Reports on dispensaries and lunatic asylums in the Province of Oudh - 1869-1876
Year: 1869
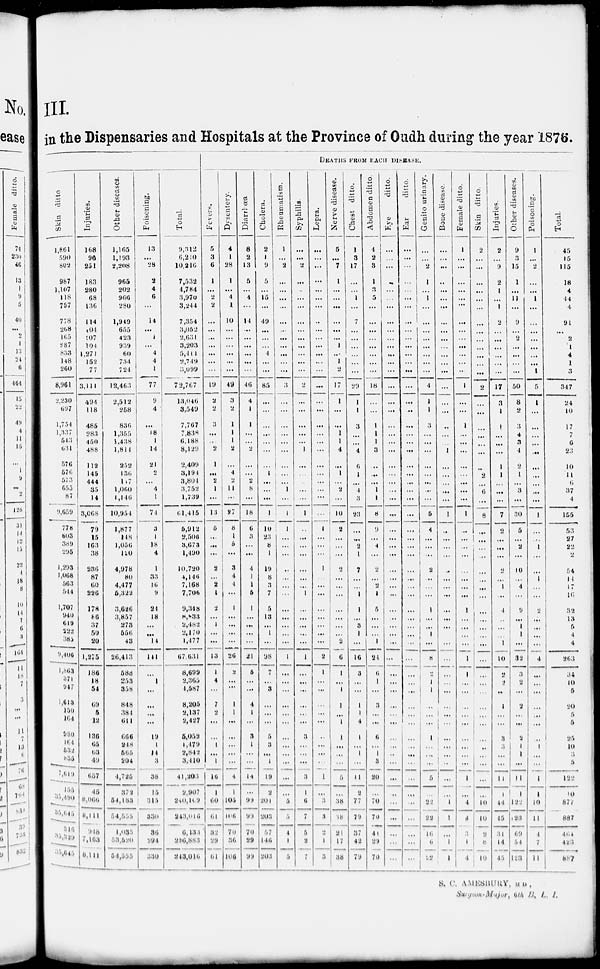
III.
in the Dispensaries and Hospitals at the Province of Oudh during the year 1876.
DEATHS FROM EACH DISEASE.
Skin ditto
1,861
590
802
987
1,107
118
757
778
268
165
287
833
148
260
8,961
2,230
697
1,754
1,337
543
631
576
576
573
655
87
9,659
778
603
389
295
1,293
1,068
563
544
1,707
940
619
222
385
9,406
1,863
371
947
1,613
150
164
980
164
532
835
7,619
155
35,490
35,645
316
35,329
35,645
Injuries.
168
96
251
183
280
68
136
114
104
107
104
1,271
152
77
3,111
494
118
485
283
450
488
112
145
444
35
14
3,068
70
15
163
38
236
87
60
226
178
86
37
50
20
1,275
186
18
54
69
5
12
136
65
63
49
657
45
8,066
8,111
948
7,163
8,111
Other
diseases.
1,165
1,193
2,208
965
202
966
280
1,949
655
423
939
60
734
724
12,463
2,512
258
836
1,355
1,438
1,814
252
136
117
1,060
1,146
10,954
1,877
148
1,056
120
4,978
80
4,477
5,322
3,626
3,857
273
556
43
26,413
588
253
358
848
384
611
666
248
565
204
4,725
372
54,183
54,555
1,035
53,520
54,555
Poisoning.
13
...
28
2
4
6
...
14
...
1
...
4
4
1
77
9
4
...
18
1
14
21
2
...
4
1
71
3
1
18
4
1
33
16
9
24
18
...
...
14
141
...
1
...
...
...
...
19
1
14
3
38
15
315
330
30
294
330
Total.
9,312
6,210
10,216
7,532
4,784
3,970
3,244
7,354
3,052
2,631
3,203
5,411
2,749
3,099
7 2,767
13,046
3,549
7,767
7,838
6,188
8,129
2,409
3,194
3,804
3,752
1,739
61,415
5,912
2,506
3,673
1,490
10,720
4,146
7,168
7,706
9,348
8,833
2,482
2,170
1,477
67,631
8,699
2,365
4,587
8,205
2,137
2,427
5,052
1,179
2,842
3,410
41,203
2,907
240,109
243,016
6,133
236,883
243,010
Fevers.
5
3
6
1
...
2
2
...
...
...
...
...
...
...
19
2
2
3
...
...
2
1
...
2
1
...
13
5
...
...
...
2
...
2
1
2
...
1
...
...
13
1
4
...
7
2
...
1
...
1
16
1
60
61
32
29
61
Dysentery.
4
1
28
1
...
4
1
10
...
...
...
...
...
...
49
3
2
1
1
1
2
...
4
2
11
...
27
8
1
5
...
3
4
4
...
1
...
...
...
...
26
2
...
1
1
...
...
...
...
...
4
1
105
106
70
36
106
Diarrhæa.
8
2
13
5
...
4
...
14
...
...
...
...
...
...
46
4
1
1
...
...
2
...
...
2
8
...
18
6
3
...
...
4
1
1
5
1
...
...
...
...
21
5
...
...
4
1
...
3
1
...
...
14
...
99
99
70
29
99
Cholera.
2
1
9
5
...
15
...
49
...
...
...
4
...
...
85
...
...
...
...
...
...
...
1
...
...
...
1
10
23
8
1
19
8
3
7
5
13
...
1
...
98
7
...
3
...
...
...
5
3
...
1
19
2
201
203
57
146
203
Rheumatism.
1
...
2
...
...
...
...
...
...
...
...
...
...
...
3
...
...
...
...
...
...
...
...
...
1
...
1
1
...
...
...
...
...
...
...
...
...
...
...
...
1
...
...
...
...
...
...
...
...
...
...
...
...
5
5
4
1
5
Syphilis.
...
...
2
...
..
...
...
...
...
...
...
...
...
...
2
...
...
...
...
...
1
...
...
...
...
...
1
...
...
...
...
...
...
...
1
...
...
...
...
...
1
...
...
...
...
...
...
3
...
...
...
3
1
6
7
5
2
7
Lepra.
...
...
...
...
...
...
...
...
...
...
...
...
...
...
...
...
...
...
...
...
...
...
...
...
...
...
...
1
...
...
...
1
...
...
...
...
...
...
...
...
2
1
...
...
...
...
...
...
...
...
...
1
...
3
3
...
1
3
Nerve disease.
5
...
7
1
...
...
...
...
...
...
1
...
1
2
17
1
...
...
1
1
4
...
1
...
2
...
10
2
...
...
...
2
...
...
...
...
...
...
...
2
6
1
...
1
1
...
1
1
...
...
...
5
...
38
18
21
17
38
Chest
ditto.
1
3
17
...
...
1
...
7
...
...
...
...
...
...
29
1
1
3
...
...
4
6
1
...
4
3
23
...
...
2
1
7
...
...
1
1
...
3
1
...
16
3
...
...
1
1
4
1
...
1
...
11
2
77
79
37
42
79
Abdomen ditto
4
2
3
1
3
5
...
...
...
...
...
...
...
...
18
...
...
1
1
1
3
...
...
...
1
1
8
9
...
4
...
2
...
2
1
5
...
...
...
1
24
6
1
...
3
...
...
6
...
1
3
20
...
70
70
41
29
70
Eye
ditto.
...
...
...
...
...
...
...
...
...
...
...
...
...
...
...
...
...
...
...
...
...
...
...
...
...
...
...
...
...
...
...
...
...
...
...
...
...
...
...
...
...
...
...
...
...
...
...
...
...
...
...
...
...
...
...
...
...
...
Ear
ditto.
...
...
...
...
...
...
...
...
...
...
...
...
...
...
...
...
...
...
...
...
...
...
...
...
...
...
...
...
...
...
...
...
...
...
...
...
...
...
...
...
...
...
...
...
...
...
...
...
...
...
...
...
...
...
...
...
...
...
Genito
urinary.
...
...
2
1
...
1
...
...
...
...
...
...
...
...
4
1
1
3
...
...
...
...
...
...
...
...
5
4
...
...
...
2
...
...
...
1
...
...
1
...
8
2
1
1
...
...
...
1
...
...
...
5
...
22
22
16
6
22
Bone
disease.
...
...
...
...
...
...
...
...
...
...
...
...
...
...
...
...
...
...
...
...
1
...
...
...
...
...
1
...
...
...
...
...
...
...
...
...
...
...
...
...
...
...
...
...
...
...
...
...
...
...
...
...
...
1
1
3
1
1
Female ditto.
1
...
...
...
...
...
...
...
...
...
...
...
...
...
1
...
...
1
...
...
...
...
...
...
...
...
1
...
...
...
...
...
...
...
...
1
...
...
...
...
1
1
...
...
...
...
...
...
...
...
...
1
...
4
4
...
1
4
Skin
ditto.
2
...
...
...
...
...
...
...
...
...
...
...
...
...
2
...
...
...
...
...
...
...
2
...
6
...
8
...
...
...
...
...
...
...
...
...
...
...
...
...
...
...
...
...
...
...
...
...
... ...
...
...
...
10
10
2
8
10
Injuries.
2
...
9
2
1
...
1
2
...
...
...
...
...
...
17
3
1
1
...
...
...
1
1
...
...
...
7
2
...
...
...
2
...
1
...
4
...
...
...
1
10
2
2
...
1
...
...
3
3
...
...
11
1
44
15
31
14
45
Other diseases.
9
3
15
1
...
11
...
9
...
2
...
...
...
...
50
8
2
3
4
3
4
2
1
...
3
...
30
5
...
2
...
10
...
4
...
9
...
1
1
...
32
3
2
...
2
...
...
2
1
1
...
11
1
122
123
69
54
123
Poisoning.
1
...
2
...
...
1
...
...
...
...
...
...
...
1
5
1
...
...
...
...
...
...
...
...
...
...
1
...
...
1
...
...
1
...
...
2
...
...
...
...
4
...
...
...
...
...
...
...
1
...
...
1
1
10
11
4
7
11
Total.
45
15
115
18
4
44
4
91
...
2
1
4
1
3
347
24
10
17
7
6
23
10
11
6
37
4
156
53
27
22
2
54
11
17
16
32
13
5
4
4
263
34
10
5
20
5
5
25
10
3
5
122
10
877
887
464
423
887
S. C. AMESBURY, M.D.,
Surgeon-Major, 6th B. L. I.